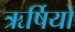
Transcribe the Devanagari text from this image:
ऋर्षियों